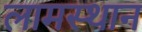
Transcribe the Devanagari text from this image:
लामस्थान